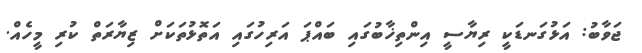
ޖަވާބު: އަޅުގަނޑަކީ ރިޔާސީ އިންތިޚާބުގައި ބައްޕަ އަރިހުގައި އަތޮޅުތަކަށް ޒިޔާރަތް ކުރި މީހެއް.